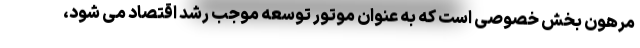
مرهون بخش خصوصی است که به عنوان موتور توسعه موجب رشد اقتصاد می شود،